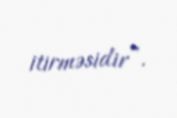
itirməsidir”.